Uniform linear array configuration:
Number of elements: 24
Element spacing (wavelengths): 0.25
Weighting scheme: blackman
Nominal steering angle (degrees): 30
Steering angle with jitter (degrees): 29.619
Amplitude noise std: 0.05
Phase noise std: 0.05

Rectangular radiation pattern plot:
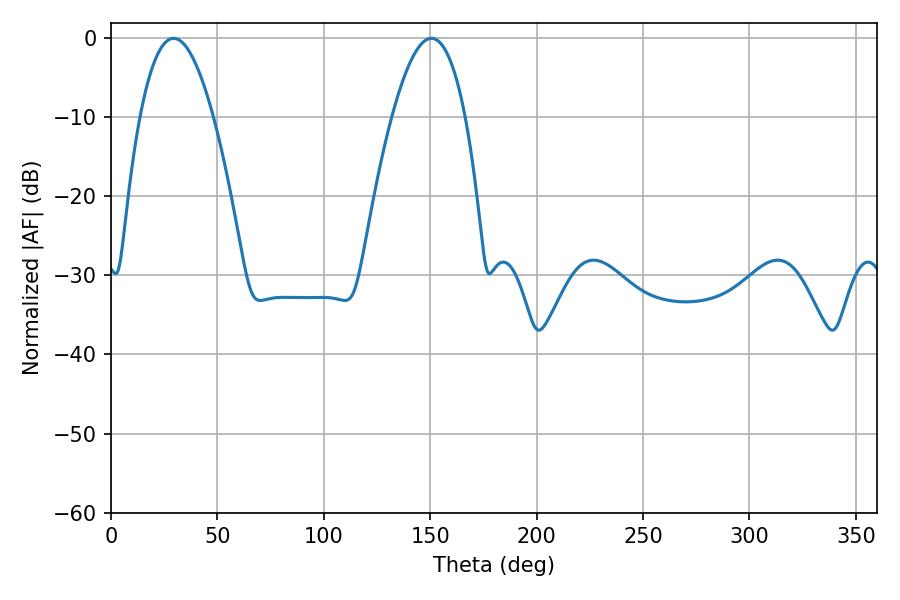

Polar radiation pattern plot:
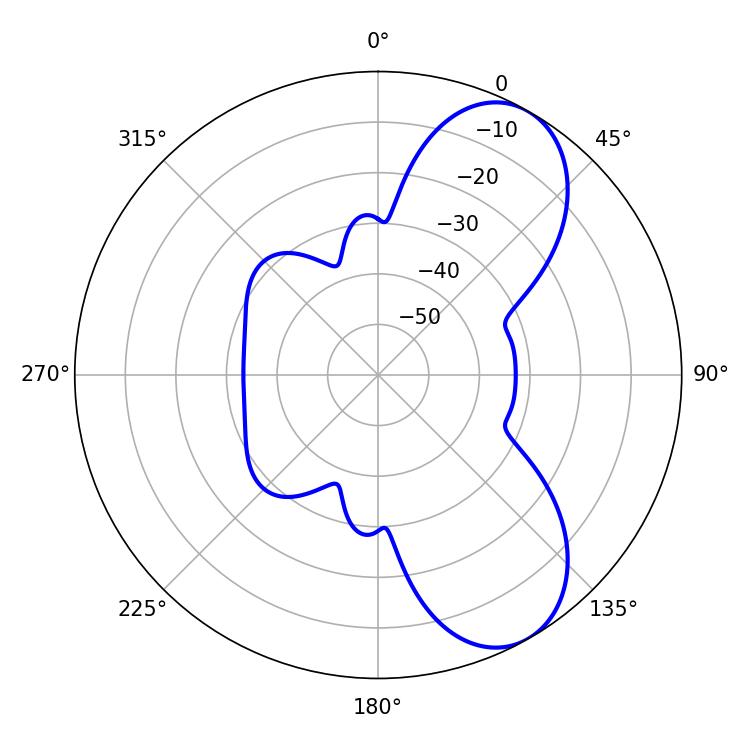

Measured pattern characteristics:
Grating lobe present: FALSE
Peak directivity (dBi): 7.54
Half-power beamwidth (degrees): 18.9
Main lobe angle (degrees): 29.34